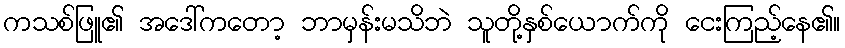
ကသစ်ဖြူ၏ အဒေါ်ကတော့ ဘာမှန်းမသိဘဲ သူတို့နှစ်ယောက်ကို ငေးကြည့်နေ၏။